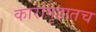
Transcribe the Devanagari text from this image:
कारागृहातच